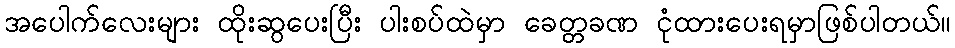
အပေါက်လေးများ ထိုးဆွပေးပြီး ပါးစပ်ထဲမှာ ခေတ္တခဏ ငုံထားပေးရမှာဖြစ်ပါတယ်။